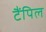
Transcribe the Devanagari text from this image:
टैंपिल